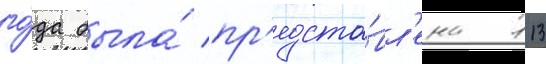
го́да была́ пр'едста́вл'ена 113